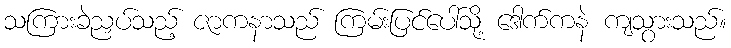
သကြားခဲညှပ်သည့် ဇာကနာသည် ကြမ်းပြင်ပေါ်သို့ ဒေါက်ကနဲ ကျသွားသည်။